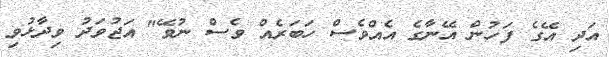
އަދި އޭގެ ފަހުން އޭނާގެ އެއްވެސް ހަބަރެއް ވެސް ނުވޭ" އަޖުވަދު ވިދާޅުވި